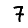
Digit: 7